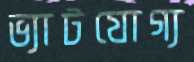
ভ্যাটযোগ্য